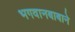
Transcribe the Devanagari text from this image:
भगवानबाबाने